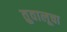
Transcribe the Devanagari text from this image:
तुवालूचा